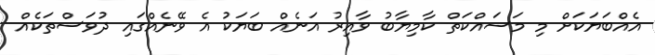
އެއްބަޔަކަށް މި މަސައްކަތް ކާމިޔާބު ވާއިރު އަނެއް ބަޔަކު އެ ވޭނެއްގައި ދުވަސްތަކެއް